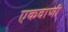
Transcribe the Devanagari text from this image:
एकवाणी